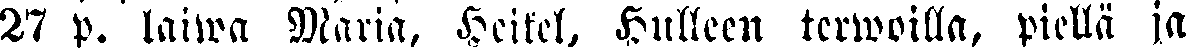
27 p. laiwa Maria, heikel, hulleen terwoilla, piellä ja